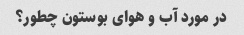
در مورد آب و هوای بوستون چطور؟